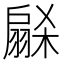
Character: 𭠋